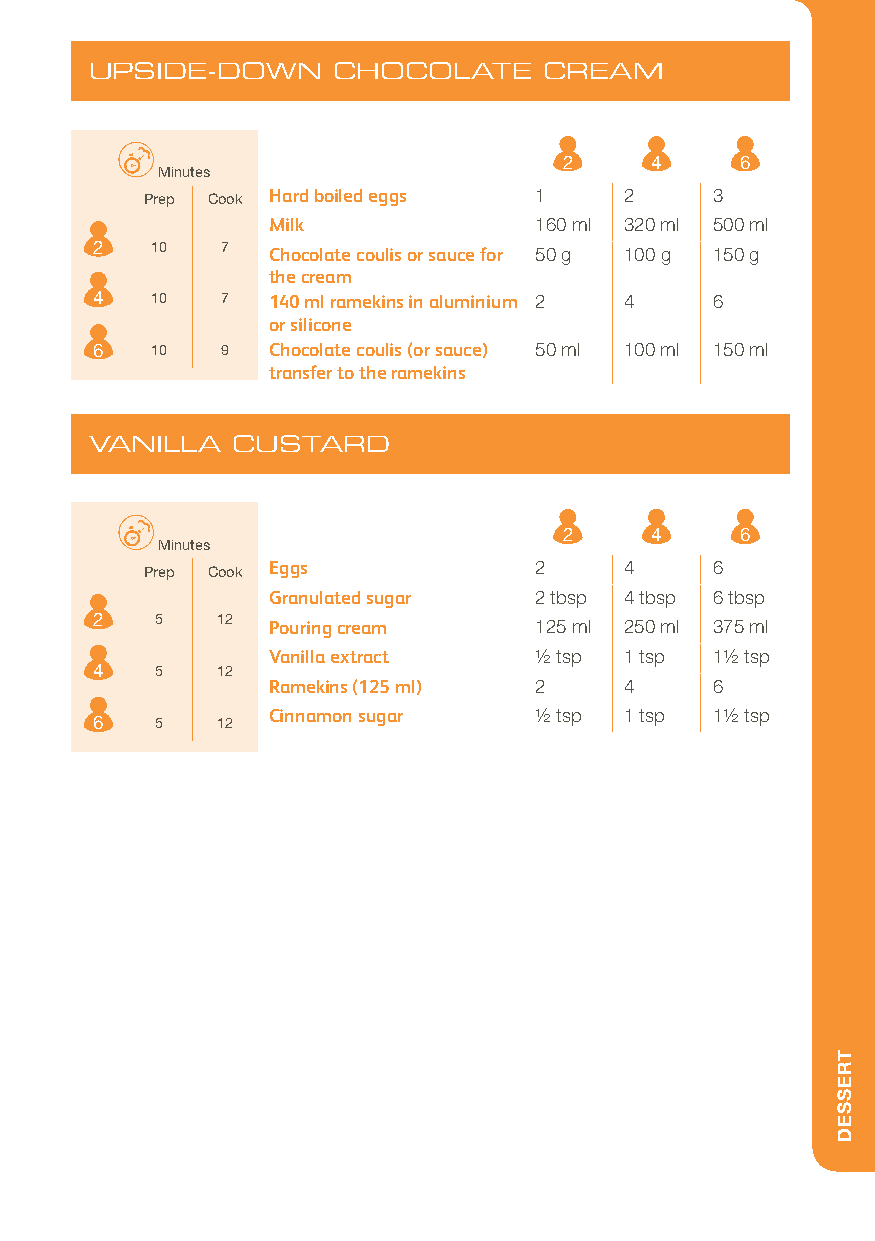
UPSIDE-DOWN     CHOCOLATE     CREAM
 2     4     6
 Minutes
 Prep Cook Hard boiled eggs 1   2     3
 Milk             160 ml 320 ml 500 ml
 2   10   7  Chocolate coulis or sauce for 50 g 100 g 150 g
 the cream
 4   10   7  140 ml ramekins in aluminium 2 4 6
 or silicone
 6   10   9  Chocolate coulis (or sauce) 50 ml 100 ml 150 ml
 transfer to the ramekins
 VANILLA  CUSTARD
 2     4     6
 Minutes
 Prep Cook Eggs           2     4     6
 Granulated sugar 2 tbsp 4 tbsp 6 tbsp
 2   5   12  Pouring cream    125 ml 250 ml 375 ml
 Vanilla extract  1/2 tsp 1 tsp 11/2 tsp
 4   5   12
 Ramekins (125 ml) 2    4     6
 Cinnamon sugar   1/2 tsp 1 tsp 11/2 tsp
 6   5   12
 TRESSED